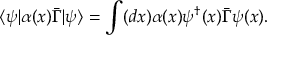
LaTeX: \langle \psi | \alpha ( x ) \bar { \Gamma } | \psi \rangle = \int ( d x ) \alpha ( x ) \psi ^ { \dagger } ( x ) \bar { \Gamma } \psi ( x ) .